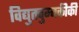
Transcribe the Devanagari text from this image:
विद्युतचुम्बकीकी